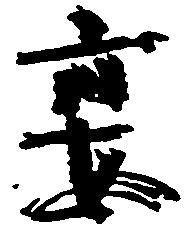
宴